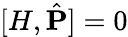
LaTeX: [{H},\hat{\mathbf{P}}]=0